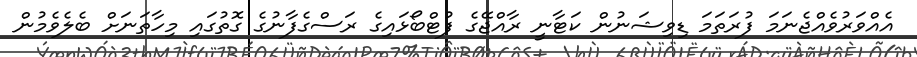
އެއްވަރުވެއްޖެނަމަ ފުރަތަމަ ޑިވިޝަނުން ކަޓާނީ ރާއްޖޭގެ ފުޓްބޯޅައިގެ ރަސްގެފާނުގެ ގޮތުގައި މިހާތަނަށް ބެލެވެމުން